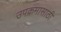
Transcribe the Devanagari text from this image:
उपक्रमासाठी